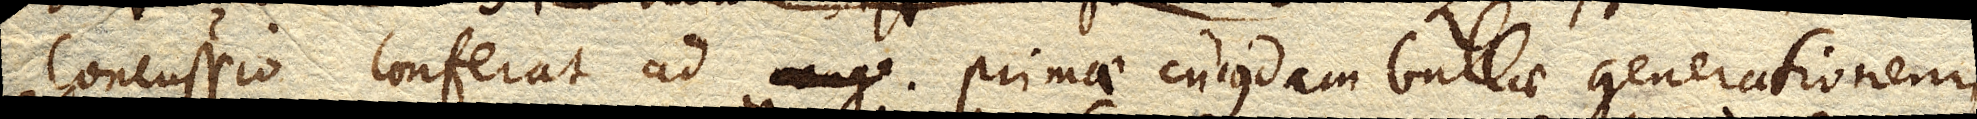
concussio conferat ad primae cujusdam bullae generationem,